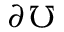
\partial \, \mho